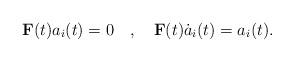
LaTeX: \begin{align*}{\bf F}(t)a_i(t)=0~~~,~~~{\bf F}(t)\dot{a}_i(t)=a_i(t).\end{align*}